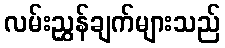
လမ်းညွှန်ချက်များသည်